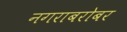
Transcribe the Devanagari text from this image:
नगराबरोबर